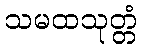
သမထသုတ္တံ